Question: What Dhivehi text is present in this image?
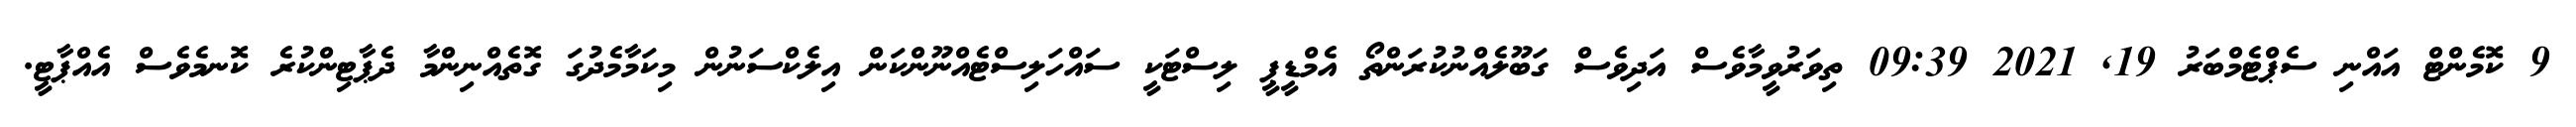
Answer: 9 ކޮމެންޓް އައްނި ސެޕްޓެމްބަރު 19, 2021 09:39 ތިވަރުވީމާވެސް އަދިވެސް ގަބޫލެއްނުކުރަންތޯ އެމްޑީޕީ ލިސްޓަކީ ސައްހަލިސްޓެއްނޫންކަން އިލެކްސަނުން މިކަމާމެދުގަ ގޮތެއްނިންމާ ދެޕާޓިންކުރެ ކޮނމެވެސް އެއްޕާޓީ.